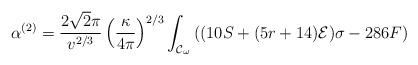
LaTeX: \begin{align*}\alpha^{(2)}=\frac{2\sqrt{2}\pi}{v^{2/3}}\left(\frac{\kappa}{4\pi}\right)^{2/3}\int_{{\cal{C}}_{\omega}}{((10S+(5r+14){\cal{E}})\sigma-286F)}\end{align*}